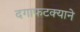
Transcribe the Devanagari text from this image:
दगाफटक्याने